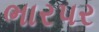
ભારપર